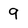
Character: 9